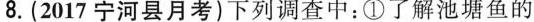
8.(2017宁河县月考)下列调查中：①了解池塘鱼的